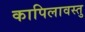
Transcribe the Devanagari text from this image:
कापिलावस्तु